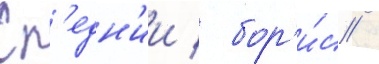
Ср'едн'ии / бор'и́с /